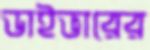
ডাইভারের